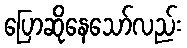
ပြောဆိုနေသော်လည်း